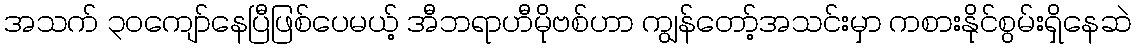
အသက် ၃၀ကျော်နေပြီဖြစ်ပေမယ့် အီဘရာဟီမိုဗစ်ဟာ ကျွန်တော့်အသင်းမှာ ကစားနိုင်စွမ်းရှိနေဆဲ